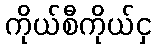
ကိုယ်စီကိုယ်ငှ